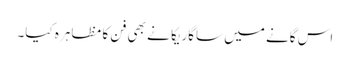
اس گانے میں ساگاریکا نے بھی فن کا مظاہرہ کیا۔